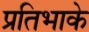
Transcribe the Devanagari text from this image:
प्रतिभाके